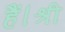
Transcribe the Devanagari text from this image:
हैं।श्री